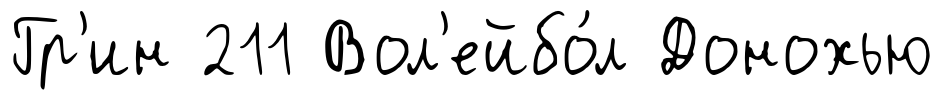
Гр'ин 211 Вол'ейбо́л Донохью